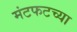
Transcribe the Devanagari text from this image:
मंटफटच्या